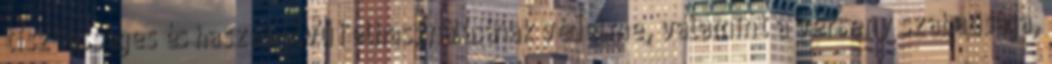
tisztességes és haszonelvű felhasználásának védelme, valamint a verseny szabadsága,